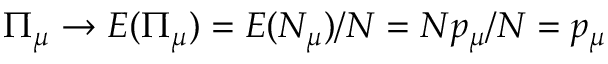
{ \Pi } _ { \mu } \to E ( { \Pi } _ { \mu } ) = E ( N _ { \mu } ) / N = N p _ { \mu } / N = p _ { \mu }